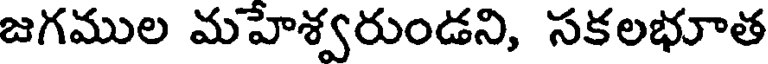
జగముల మహేశ్వరుండని, సకలభూత